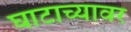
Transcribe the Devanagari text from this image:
घाटाच्यावर